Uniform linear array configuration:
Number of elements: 32
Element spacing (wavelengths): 0.5
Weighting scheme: kaiser
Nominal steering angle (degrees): -15
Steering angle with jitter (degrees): -14.846
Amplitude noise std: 0.05
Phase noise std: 0.05

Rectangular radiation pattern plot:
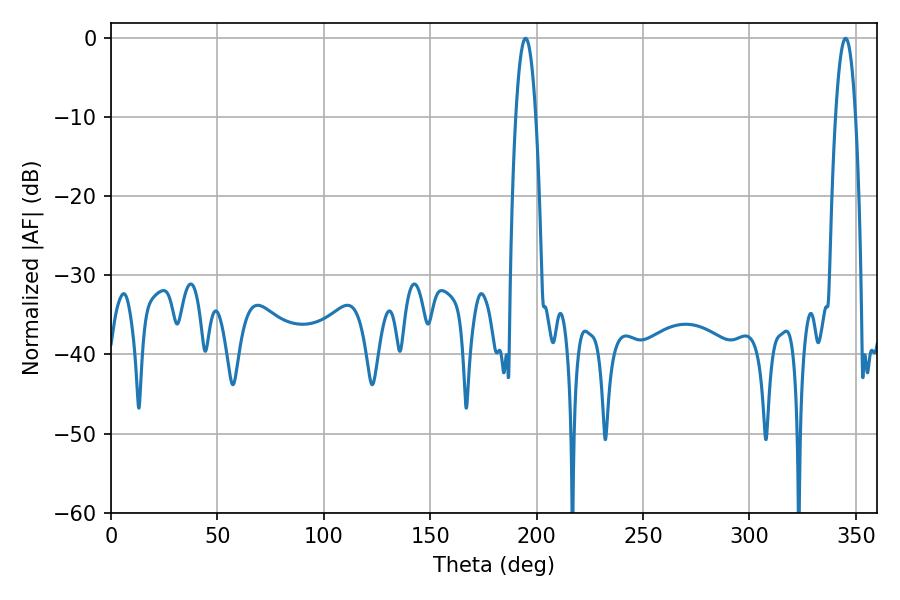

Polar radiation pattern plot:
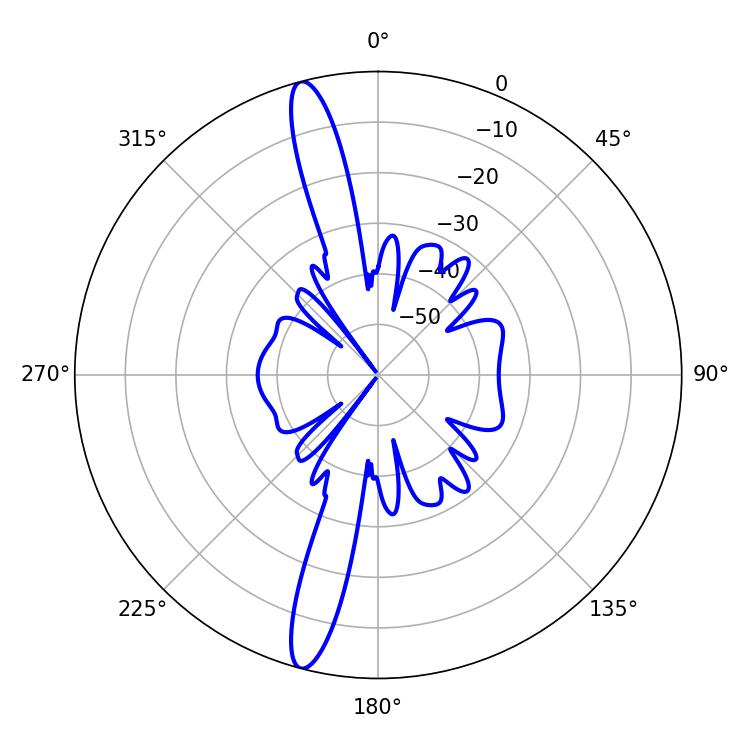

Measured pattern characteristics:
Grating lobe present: FALSE
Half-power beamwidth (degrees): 5.22
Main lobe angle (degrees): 194.76